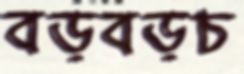
বড়বড়চ